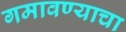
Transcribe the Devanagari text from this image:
गमावण्याचा